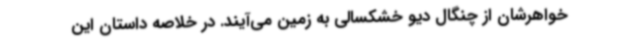
خواهرشان از چنگال دیو خشکسالی به زمین می‌آیند. در خلاصه داستان این